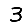
Digit: 3